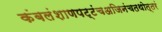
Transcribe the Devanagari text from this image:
कंबलंशाणपट्टंचअजिनंचतथोत्तरं